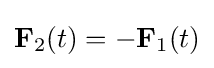
\mathbf {F} _{2}(t)=-\mathbf {F} _{1}(t)